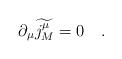
LaTeX: \begin{align*}\partial _\mu \widetilde{j_M^\mu }=0\quad .\end{align*}